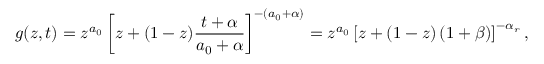
g ( z , t ) = z ^ { a _ { 0 } } \left[ z + ( 1 - z ) \frac { t + \alpha } { a _ { 0 } + \alpha } \right] ^ { - ( a _ { 0 } + \alpha ) } = z ^ { a _ { 0 } } \left[ z + ( 1 - z ) \left( 1 + \beta \right) \right] ^ { - \alpha _ { r } } ,